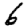
Digit: 6